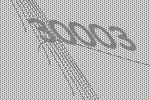
30003